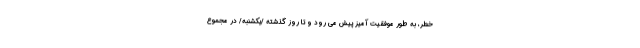
خطر، به طور موفقیت ‌آمیز پیش می رود و تا روز گذشته /یکشنبه/ در مجموع